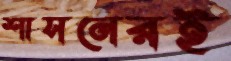
শাসনেরই